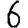
Digit: 6